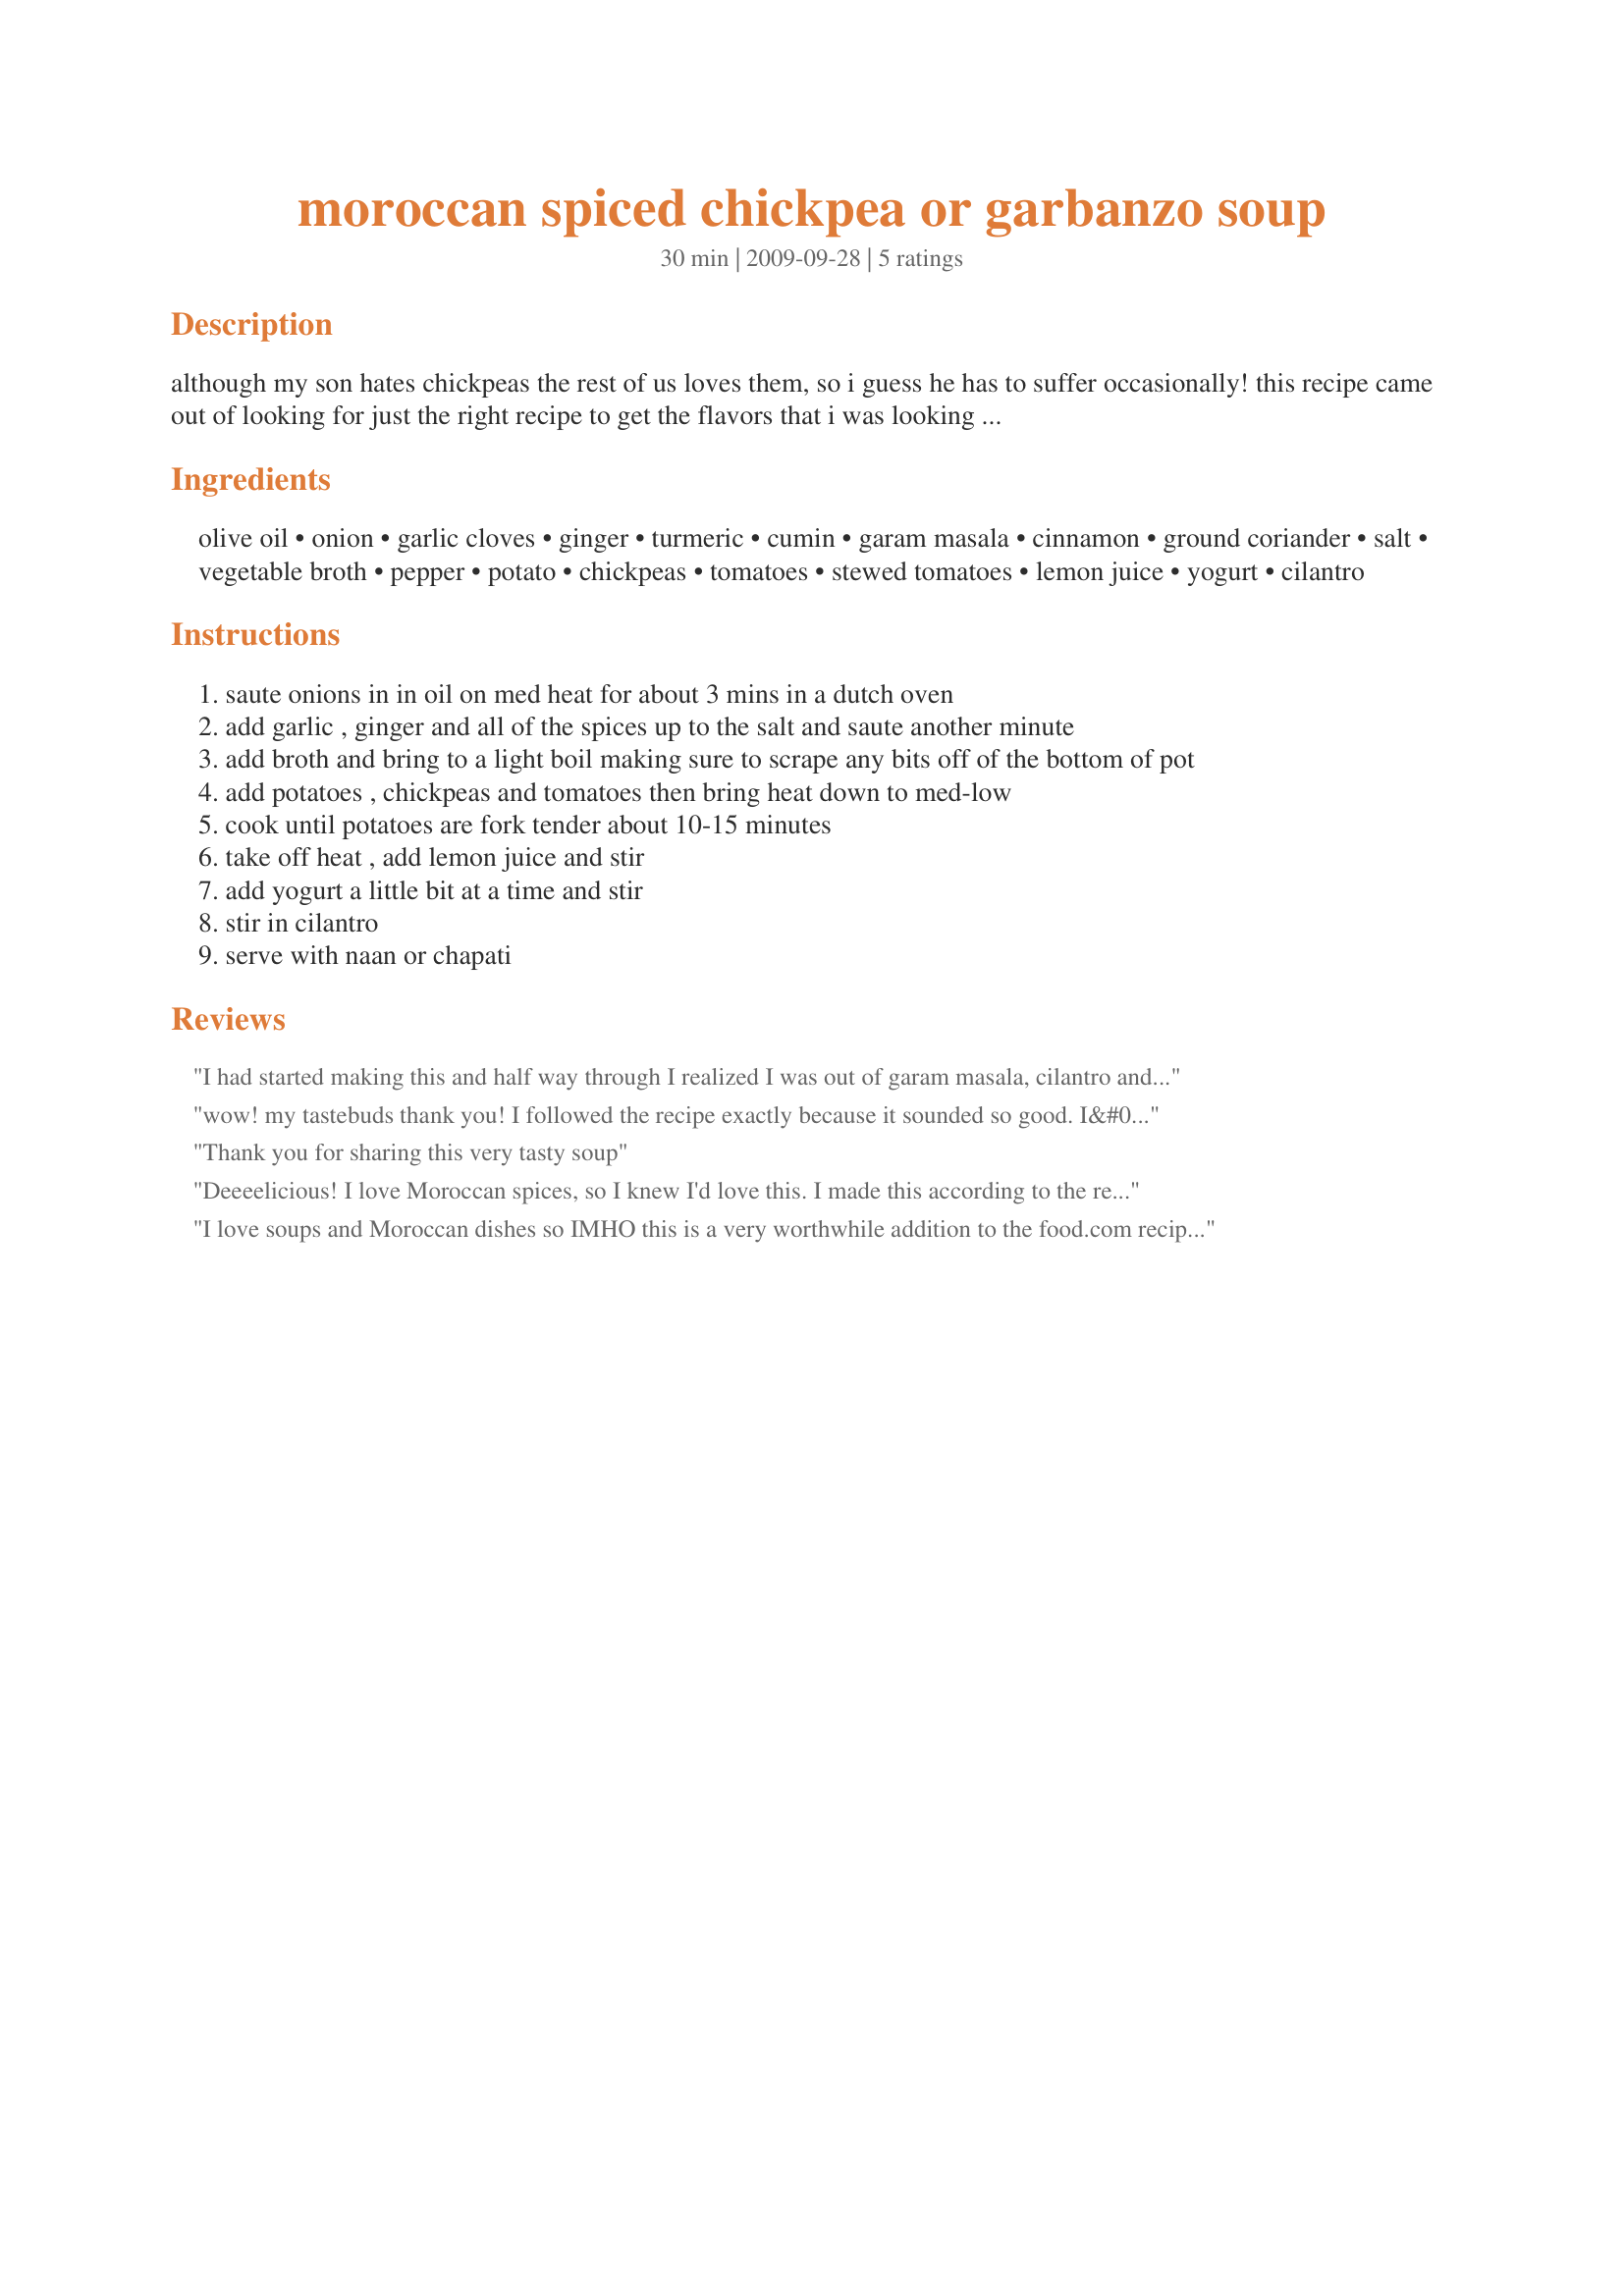
moroccan spiced chickpea or garbanzo soup
Preparation time: 30 minutes

although my son hates chickpeas the rest of us loves them, so i guess he has to suffer occasionally! this recipe came out of looking for just the right recipe to get the flavors that i was looking for. i discovered that you have to temper yogurt before you add it and there are a couple of methods to do that. one is bringing the yogurt to room temperature and stirring well before adding it to the soup and make sure not to boil it. the other was adding some cornstarch and water to the yogurt before adding it. there are other methods involving eggs, but i'm not too keen on eggs in soup. i haven't tried the tempering yet and the first attempt at making this the yogurt curdled, but we ate it anyway and the flavors were good, so i will make it again and either temper the yogurt or add it at each serving. i also understand that if you reheat the soup it may curdle if you put the yogurt in before heating, so keep that in mind. you can also add celery and carrots, but i wanted to keep it simple and not overpower the other flavors.

Ingredients:
olive oil, onion, garlic cloves, ginger, turmeric, cumin, garam masala, cinnamon, ground coriander, salt, vegetable broth, pepper, potato, chickpeas, tomatoes, stewed tomatoes, lemon juice, yogurt, cilantro

Steps:
saute onions in in oil on med heat for about 3 mins in a dutch oven
add garlic , ginger and all of the spices up to the salt and saute another minute
add broth and bring to a light boil making sure to scrape any bits off of the bottom of pot
add potatoes , chickpeas and tomatoes then bring heat down to med-low
cook until potatoes are fork tender about 10-15 minutes
take off heat , add lemon juice and stir
add yogurt a little bit at a time and stir
stir in cilantro
serve with naan or chapati

Reviews:
I had started making this and half way through I realized I was out of garam masala, cilantro and yogurt, so I decided to go ahead anyway, and I would run to the store closer to dinner to get the missing ingredients. Well my 16 year old daughter and my husband wanted to try it anyway and loved it as it was. I am looking forward to making it as directed though. Thanks for the recipe.
wow! my tastebuds thank you! I followed the recipe exactly because it sounded so good. I&#039;m not a big cilantro fan, so i almost stopped the recipe after tasting it before i added the lime, yogurt and cilantro! Those three things blended perfectly! I love all the flavors you can taste separately :) mmm. My husband ate 3 HUGE bowls (out of a serving bowl), and literally licked his plate clean! Between he and I we finished the entire recipe in 3 meals. Not something to be proud of, but a huge compliment to the chef! It has been added to our weekly staples!
Thank you for sharing this very tasty soup
Deeeelicious! I love Moroccan spices, so I knew I'd love this. I made this according to the recipe, adding a little extra garam masala. The flavor and texture is perfect and it's quite filling. The fresh lemon juice and fresh cilantro are a must. I tempered in plain greek yogurt and no curdling occurred. I would love to make this with a sweet potato instead of a regular potato next time. Thanx for sharing!
I love soups and Moroccan dishes so IMHO this is a very worthwhile addition to the food.com recipe collection. I subbed sweet potato for potatoes since I am a diabetic.White potatoes raise my glucose reading almost immediately. Isn't it great how chick peas go with everything?
